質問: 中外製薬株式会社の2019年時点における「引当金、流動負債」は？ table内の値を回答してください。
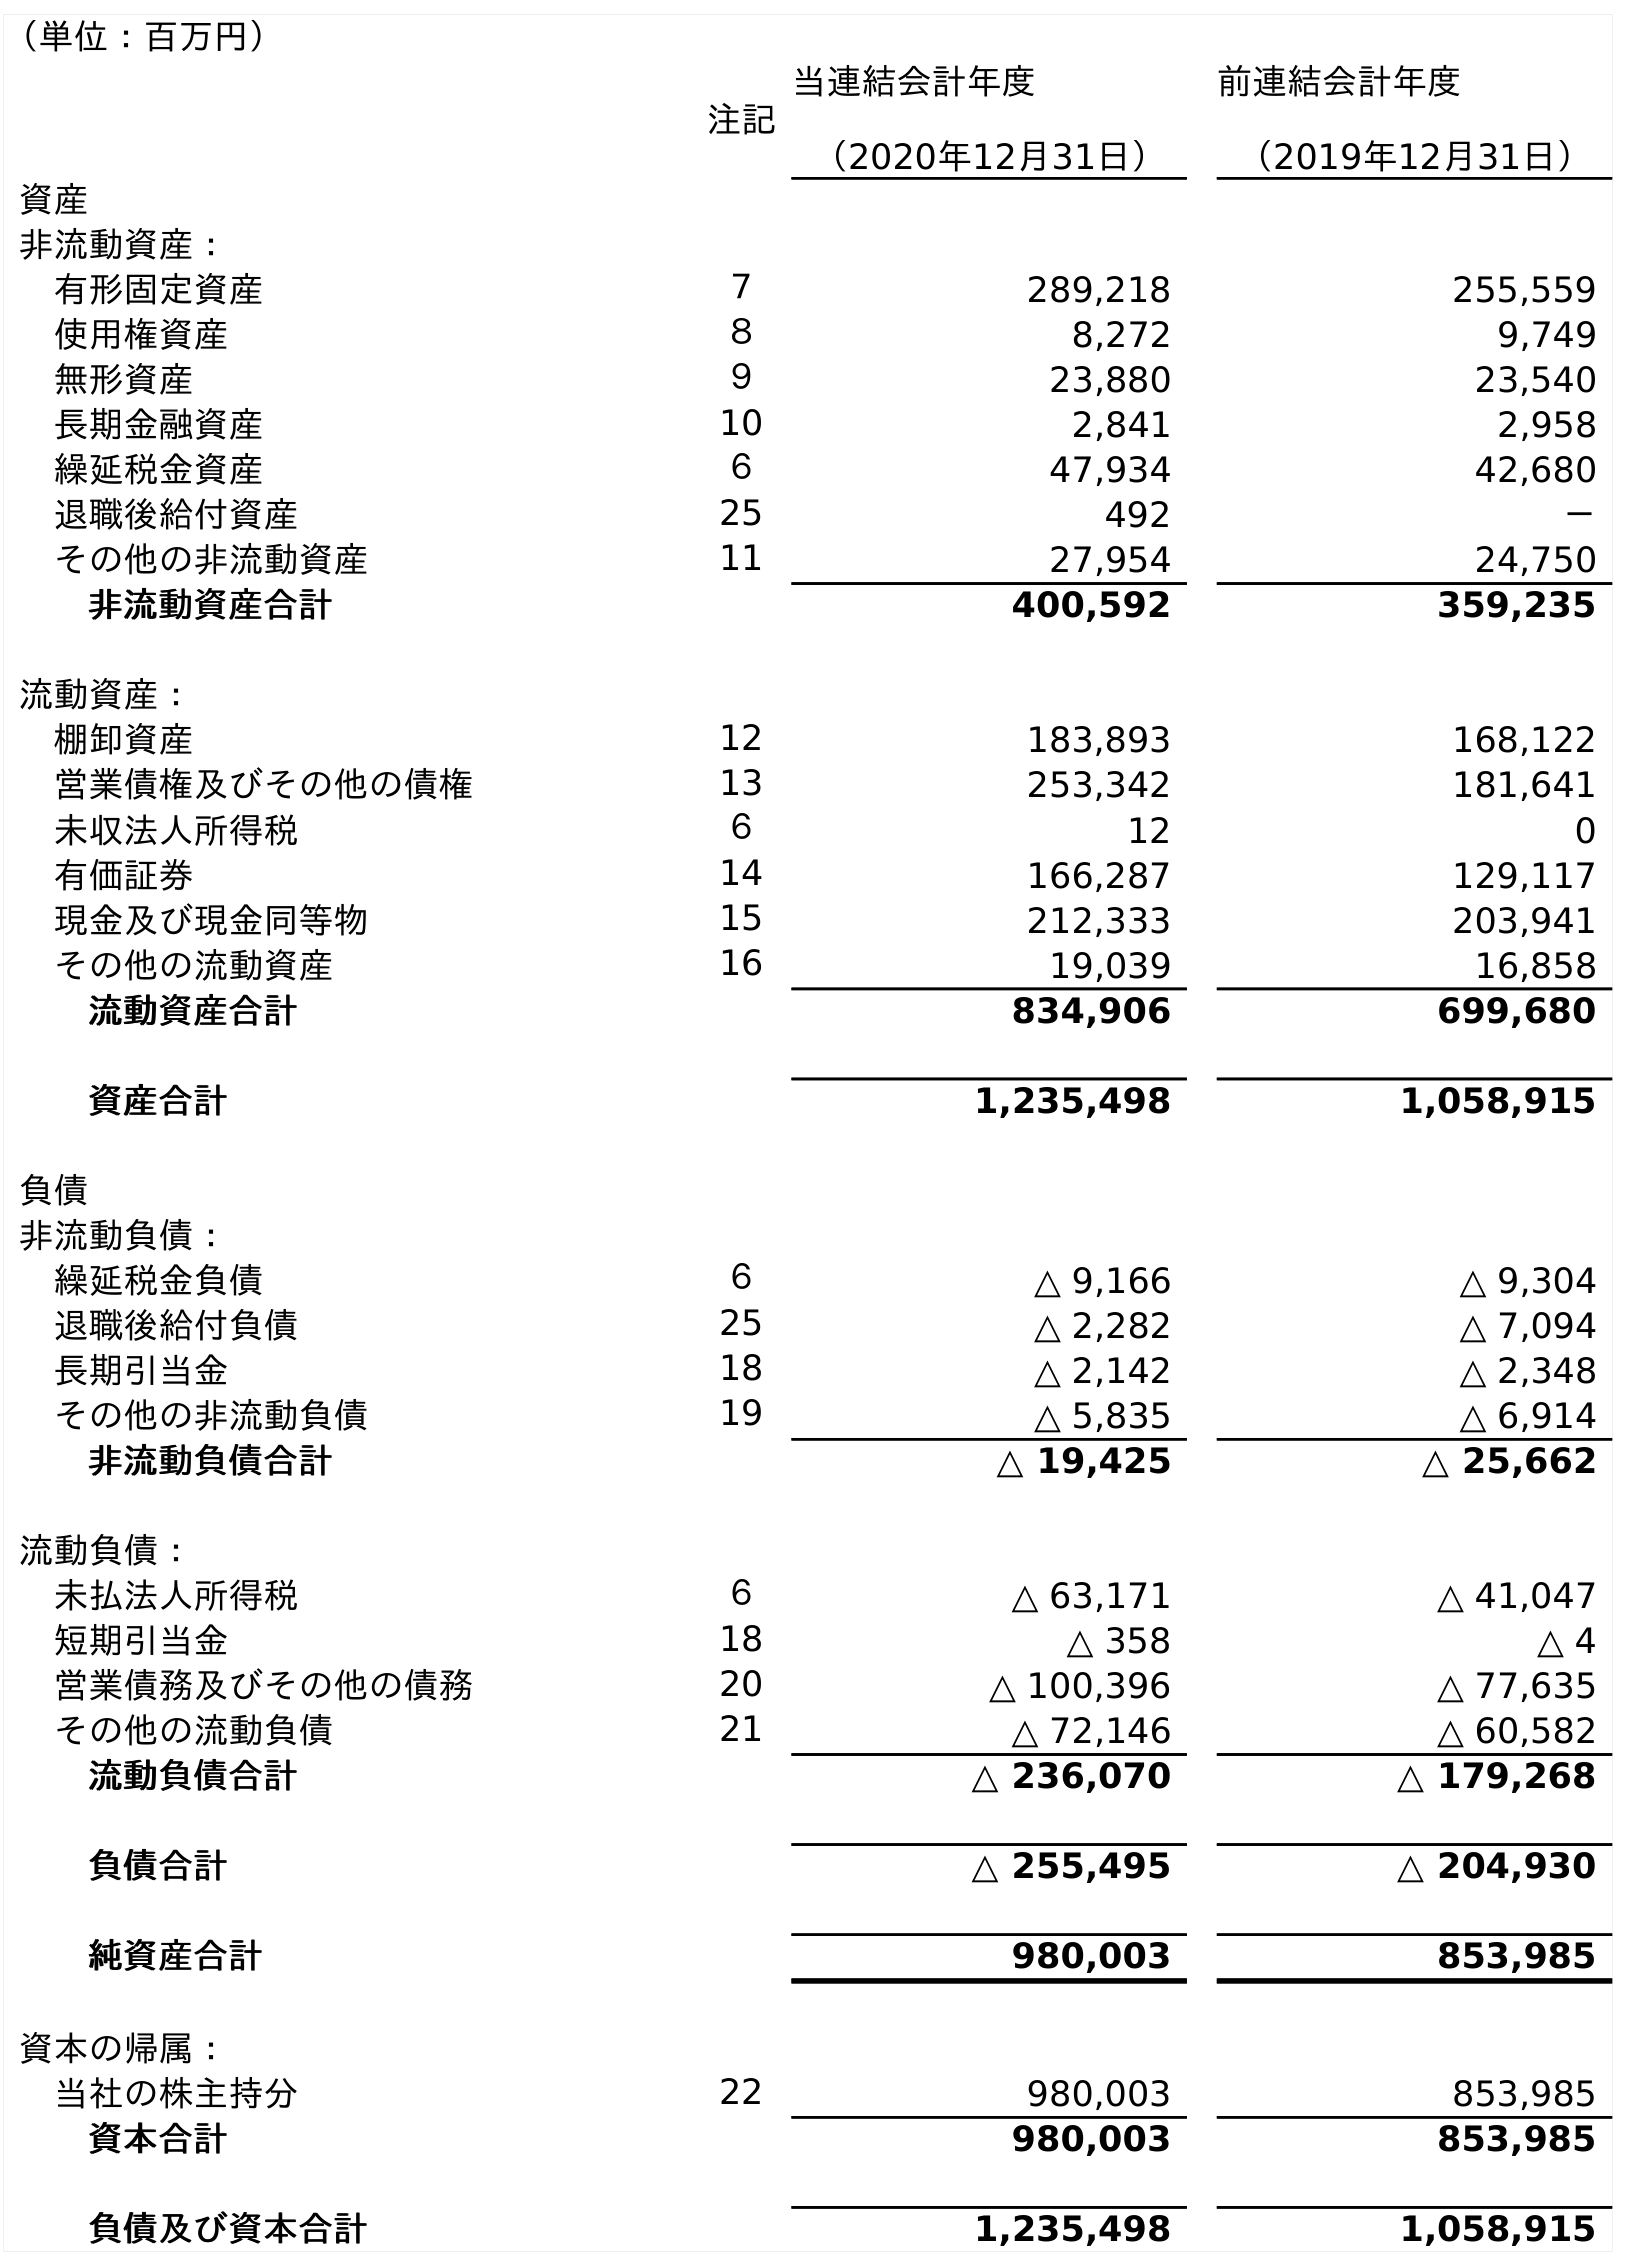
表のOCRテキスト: （単位：百万円） 注記 当連結会計年度 （2020年12月31日） 前連結会計年度 （2019年12月31日） 資産 非流動資産： 有形固定資産 ７ 289,218 255,559 使用権資産 ８ 8,272 9,749 無形資産 ９ 23,880 23,540 長期金融資産 10 2,841 2,958 繰延税金資産 ６ 47,934 42,680 退職後給付資産 25 492 － その他の非流動資産 11 27,954 24,750 非流動資産合計 400,592 359,235 流動資産： 棚卸資産 12 183,893 168,122 営業債権及びその他の債権 13 253,342 181,641 未収法人所得税 ６ 12 0 有価証券 14 166,287 129,117 現金及び現金同等物 15 212,333 203,941 その他の流動資産 16 19,039 16,858 流動資産合計 834,906 699,680 資産合計 1,235,498 1,058,915 負債 非流動負債： 繰延税金負債 ６ △ 9,166 △ 9,304 退職後給付負債 25 △ 2,282 △ 7,094 長期引当金 18 △ 2,142 △ 2,348 その他の非流動負債 19 △ 5,835 △ 6,914 非流動負債合計 △ 19,425 △ 25,662 流動負債： 未払法人所得税 ６ △ 63,171 △ 41,047 短期引当金 18 △ 358 △ 4 営業債務及びその他の債務 20 △ 100,396 △ 77,635 その他の流動負債 21 △ 72,146 △ 60,582 流動負債合計 △ 236,070 △ 179,268 負債合計 △ 255,495 △ 204,930 純資産合計 980,003 853,985 資本の帰属： 当社の株主持分 22 980,003 853,985 資本合計 980,003 853,985 負債及び資本合計 1,235,498 1,058,915
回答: △4